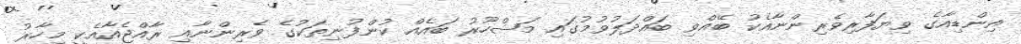
އިންޑިއާގެ ވިޔަފާރިވެރިންނާއެކު ބޭއްވި ބައްދަލުވުމުގައި މަޝްހޫރު ބައެއް ކުންފުނިތަކުގެ ވެރިންނާއި ރާއްޖެއާއެކީ މިހާރު